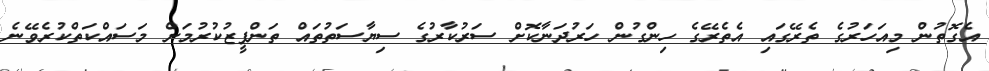
އެގޮތުން މިއަހަރުގެ ތެރޭގައި އެތެރޭގެ ހިންގުން ހަރުދަނާކޮށް ސަރުކާރުގެ ސިޔާސަތުތައް ތަންފީޒުކުރުމަށް މަސައްކަތްކުރެވޭނެ